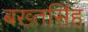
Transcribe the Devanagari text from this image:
बख्तसिंह